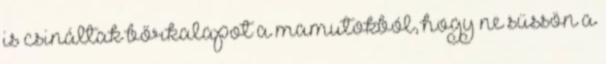
is csináltak bőrkalapot a mamutokból, hogy ne süssön a